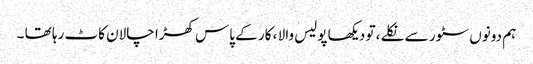
ہم دونوں سٹور سے نکلے ، تو دیکھا پولیس والا ، کار کے پاس کھڑا چالان کاٹ رہا تھا ۔